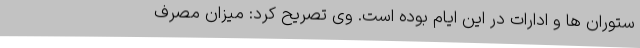
ستوران ها و ادارات در این ایام بوده است. وی تصریح کرد: میزان مصرف